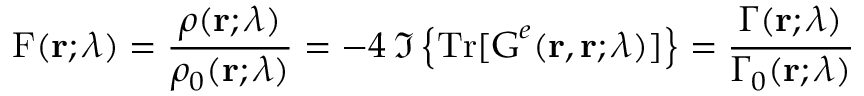
\mathrm { F } ( \mathbf { r } ; \lambda ) = \frac { \rho ( \mathbf { r } ; \lambda ) } { \rho _ { 0 } ( \mathbf { r } ; \lambda ) } = - 4 \: \Im \left\{ \mathrm { T r } [ \boldsymbol { \mathrm { G } } ^ { e } ( \mathbf { r } , \mathbf { r } ; \lambda ) ] \right\} = \frac { \Gamma ( \mathbf { r } ; \lambda ) } { \Gamma _ { 0 } ( \mathbf { r } ; \lambda ) }